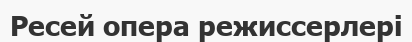
Ресей опера режиссерлері